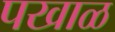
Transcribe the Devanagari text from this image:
पखाळ